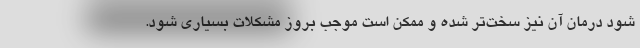
شود درمان آن نیز سخت‌تر شده و ممکن است موجب بروز مشکلات بسیاری شود.